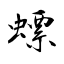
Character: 螵